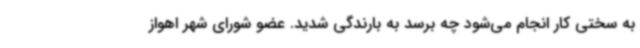
به سختی کار انجام می‌شود چه برسد به بارندگی شدید. عضو شورای شهر اهواز